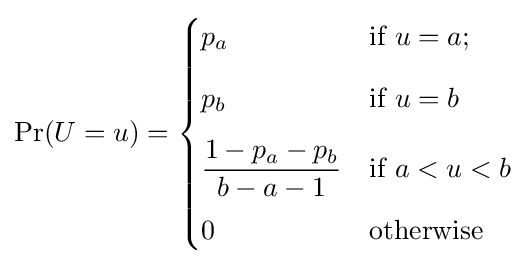
\Pr(U=u)={\begin{cases}p_{a}&{\text{if }}u=a;\\[8pt]p_{b}&{\text{if }}u=b\\[8pt]{\dfrac {1-p_{a}-p_{b}}{b-a-1}}&{\text{if }}a<u<b\\[8pt]0&{\text{otherwise}}\end{cases}}